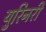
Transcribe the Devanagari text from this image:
युरिनरी